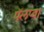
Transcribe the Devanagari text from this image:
पॅलप्वा